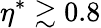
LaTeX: \eta^{*}\gtrsim 0.8